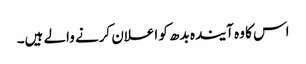
اس کا وہ آیندہ بدھ کو اعلان کرنے والے ہیں۔